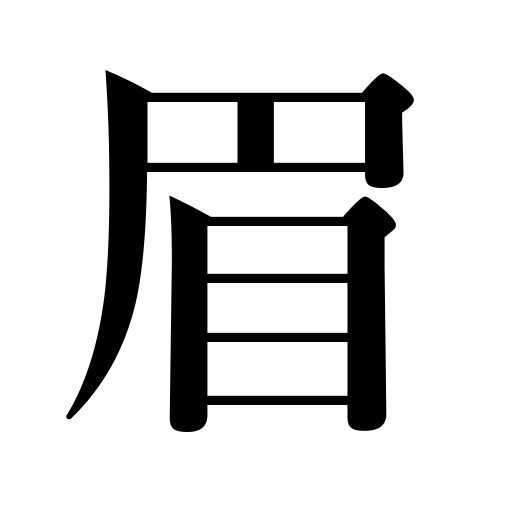
Meanings: eyebrow